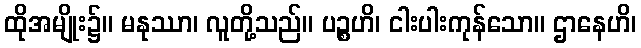
ထိုအမျိုး၌။ မနုဿာ၊ လူတို့သည်။ ပဉ္စဟိ၊ ငါးပါးကုန်သော။ ဌာနေဟိ၊